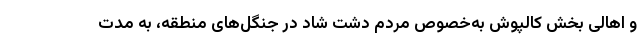
و اهالی بخش کالپوش به‌خصوص مردم دشت شاد در جنگل‌های منطقه، به مدت